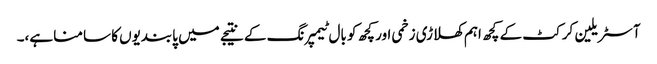
آسٹریلین کرکٹ کے کچھ اہم کھلاڑی زخمی اور کچھ کو بال ٹیمپرنگ کے نتیجے میں پابندیوں کا سامنا ہے،۔